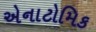
એનાટોમિક